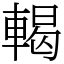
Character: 輵